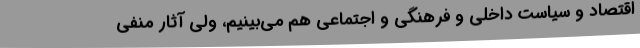
اقتصاد و سیاست داخلی و فرهنگی و اجتماعی هم می‌بینیم، ولی آثار منفی